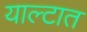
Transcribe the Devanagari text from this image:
याल्टात